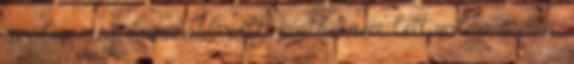
szólva még rosszabb volt mintha nem lett volna semmi,